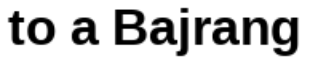
to a Bajrang